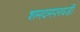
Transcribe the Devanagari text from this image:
शमदमपरवडी